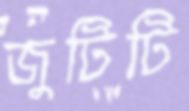
জুটিটি